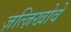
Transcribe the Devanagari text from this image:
ज़त्ज़िखोवें